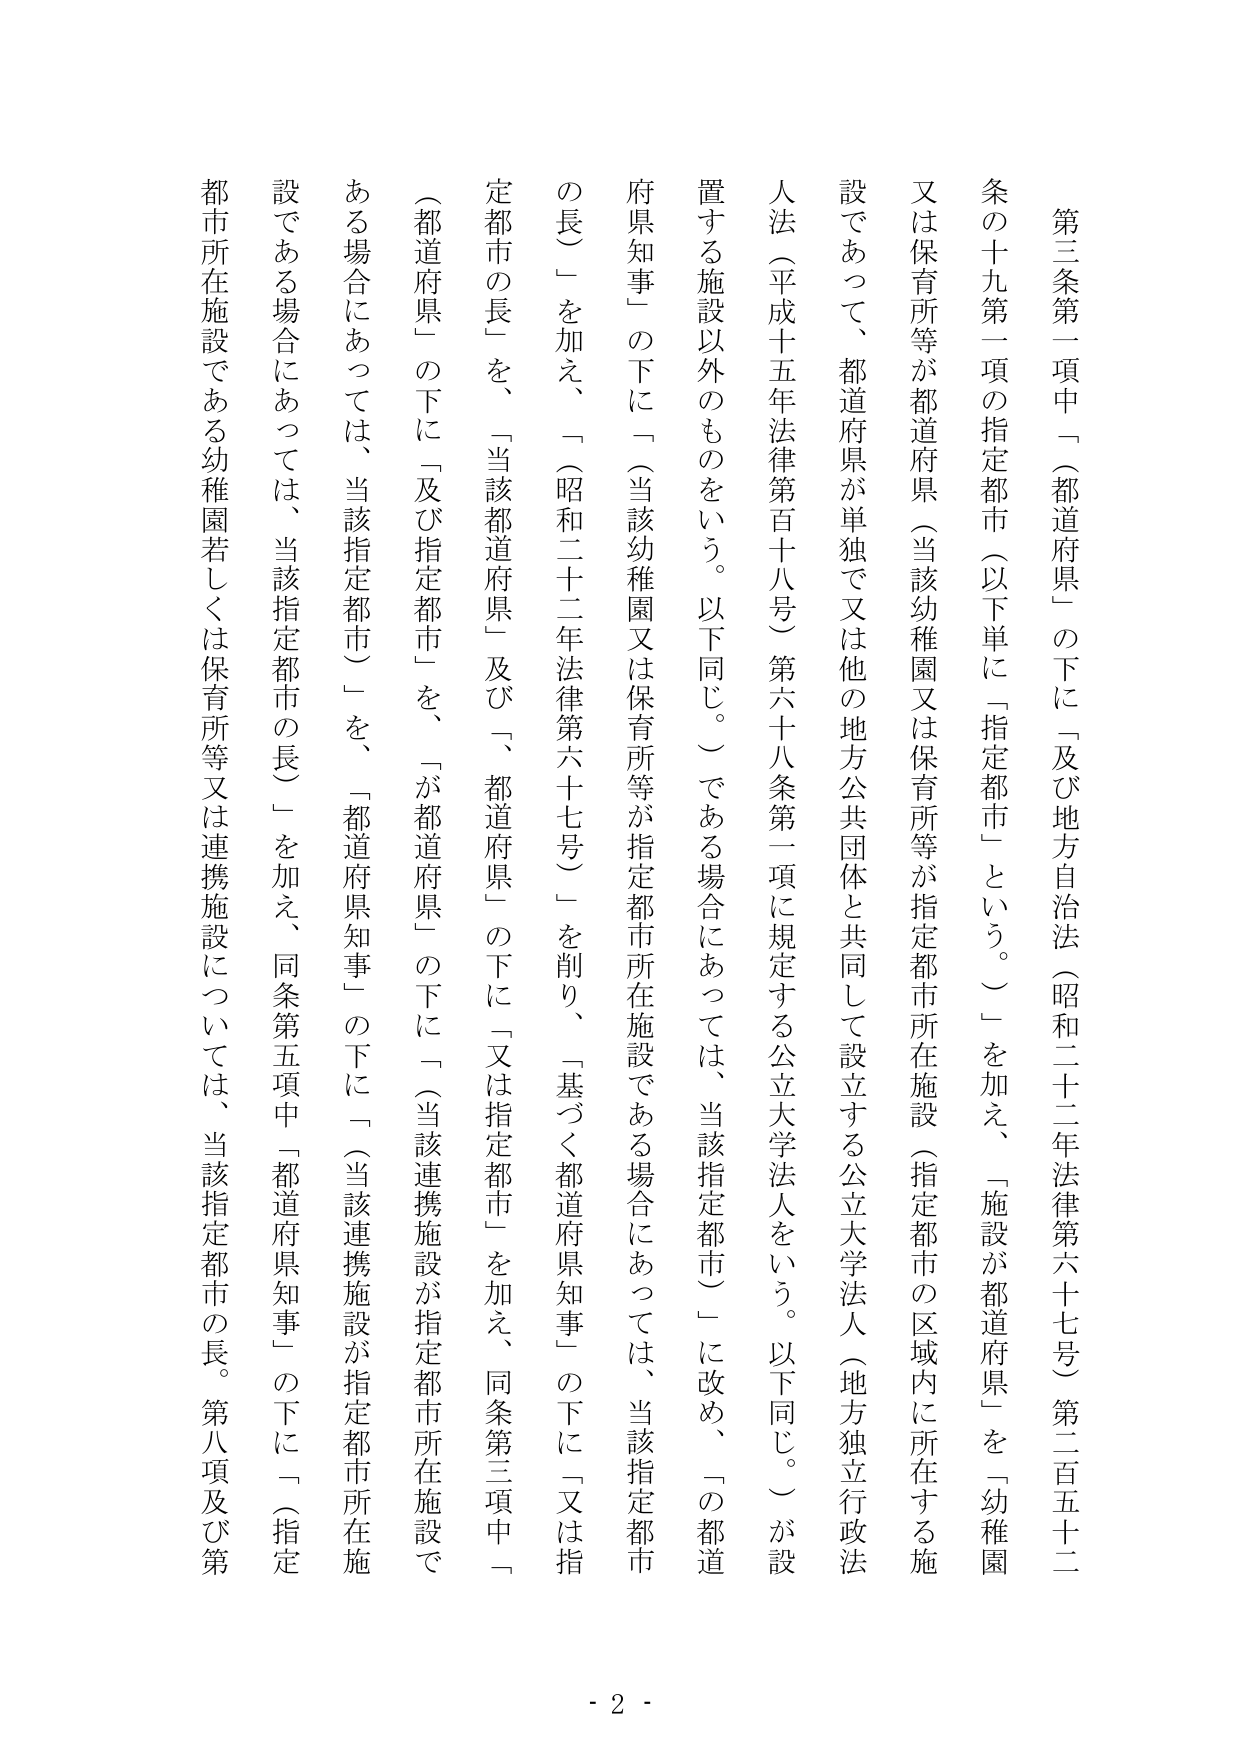
第三条第一項中「（都道府県）の下に「及び地方自治法（昭和二十二年法律第六十七号）第二百五十二条の十九第一項の指定都市（以下単に「指定都市」という。）」を加え、「施設が都道府県」を「幼稚園又は保育所等が都道府県（当該幼稚園又は保育所等が指定都市所在施設（指定都市の区域内に所在する施設であって、都道府県が単独で又は他の地方公共団体と共同して設立する公立大学法人（地方独立行政法人法（平成十五年法律第百十八号）第六十八条第一項に規定する公立大学法人をいう。以下同じ。）が設置する施設以外のものをいう。以下同じ。）である場合にあっては、当該指定都市）」に改め、「の都道府県知事」の下に「（当該幼稚園又は保育所等が指定都市所在施設である場合にあっては、当該指定都市の長）」を加え、「（昭和二十二年法律第六十七号）」を削り、「基づく都道府県知事」の下に「又は指定都市の長」を、 「当該都道府県」及び「、都道府県」の下に「又は指定都市」を加え、同条第三項中「（都道府県）の下に「及び指定都市」を、「が都道府県」の下に「（当該連携施設が指定都市所在施設である場合にあっては、当該指定都市）」を、「都道府県知事」の下に「（当該連携施設が指定都市所在施設である場合にあっては、当該指定都市の長）」を加え、同条第五項中「都道府県知事」の下に「（指定都市所在施設である幼稚園若しくは保育所等又は連携施設については、当該指定都市の長。第八項及び第

- 2 -